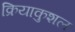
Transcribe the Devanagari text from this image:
क्रियाकुशल